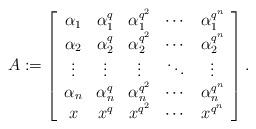
LaTeX: \begin{align*}A:= \left[ \begin{array}{ccccc} \alpha_1&\alpha_1^q&\alpha_1^{q^2}&\cdots&\alpha_1^{q^{n}}\\ \alpha_2&\alpha_2^q&\alpha_2^{q^2}&\cdots&\alpha_2^{q^{n}}\\ \vdots&\vdots&\vdots&\ddots&\vdots\\ \alpha_n&\alpha_n^q&\alpha_n^{q^2}&\cdots&\alpha_n^{q^{n}}\\ x&x^q&x^{q^2}&\cdots&x^{q^{n}}\\ \end{array} \right].\end{align*}